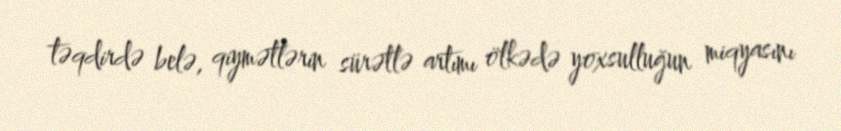
təqdirdə belə, qiymətlərin sürətlə artımı ölkədə yoxsulluğun miqyasını